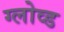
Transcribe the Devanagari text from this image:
ग्लोव्ड